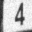
Digit: 4